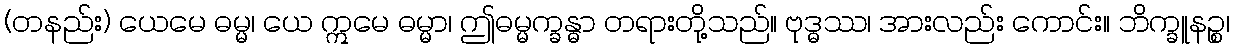
(တနည်း) ယေမေ ဓမ္မ၊ ယေ ဣမေ ဓမ္မာ၊ ဤဓမ္မက္ခန္ဓာ တရားတို့သည်။ ဗုဒ္ဓဿ၊ အားလည်း ကောင်း။ ဘိက္ခူနဉ္စ၊